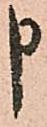
申